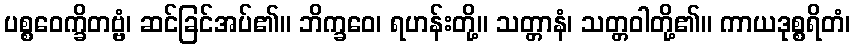
ပစ္စဝေက္ခိတဗ္ဗံ၊ ဆင်ခြင်အပ်၏။ ဘိက္ခဝေ၊ ရဟန်းတို့။ သတ္တာနံ၊ သတ္တဝါတို့၏။ ကာယဒုစ္စရိတံ၊